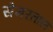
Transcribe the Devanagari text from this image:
सेमरताल